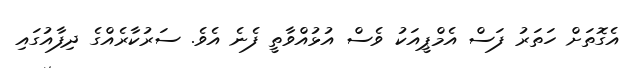
އެގޮތަށް ހަތަރު ފަސް އެމްޕީއަކު ވެސް އުޅުއްވާތީ ފެނެ އެވެ. ސަރުކާރެއްގެ ދިފާއުގައި